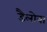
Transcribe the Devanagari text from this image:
डैलोवा